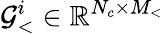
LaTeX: \mathcal{G}_{<}^{i}\in\mathbb{R}^{N_{c}\times M_{<}}